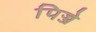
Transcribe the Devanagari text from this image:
पिज्जे